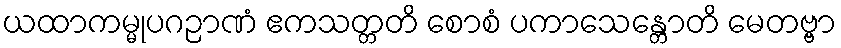
ယထာကမ္မုပဂဉာဏံ ဧကသတ္တတိ စောစံ ပကာသေန္တောတိ မေတဗ္ဗာ